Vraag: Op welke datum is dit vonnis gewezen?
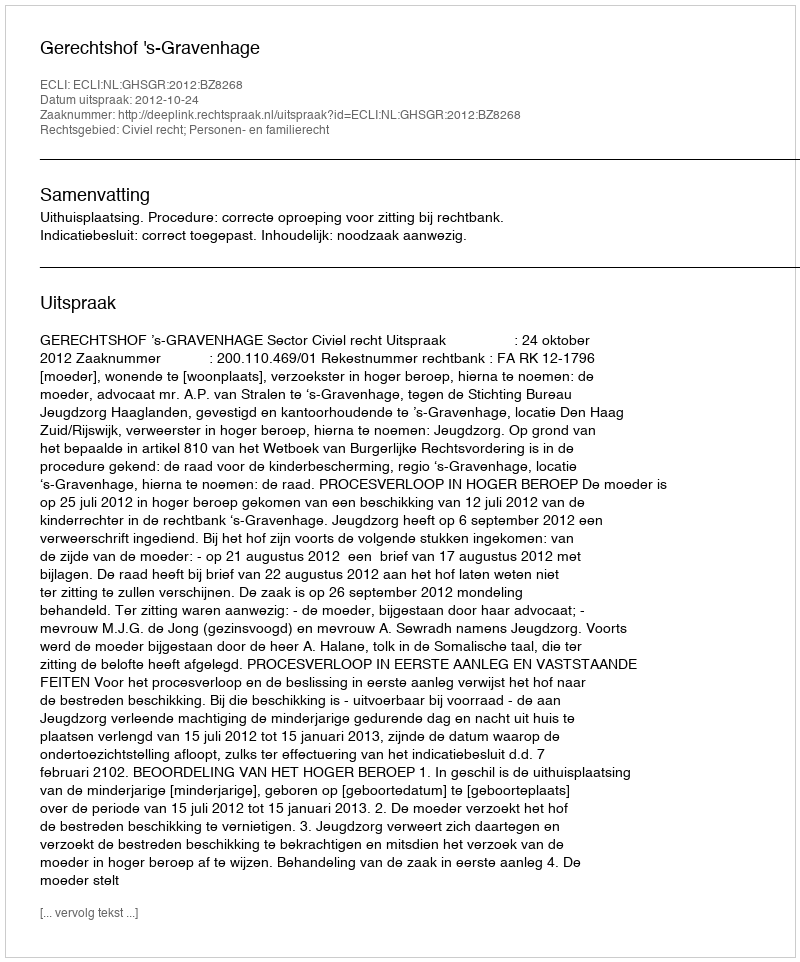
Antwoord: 2012-10-24